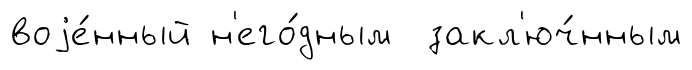
воjе́нный н'его́дным закл'юч́нным